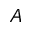
\boldsymbol { A }